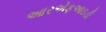
આરએફઆઇડી